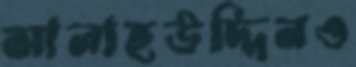
সালাহউদ্দিনও